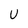
Character: U